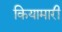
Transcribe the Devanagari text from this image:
कियामारी